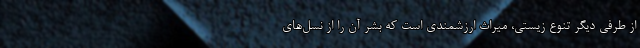
از طرفی دیگر تنوع زیستی، میراث ارزشمندی است که بشر آن را از نسل‌های